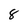
Character: 8